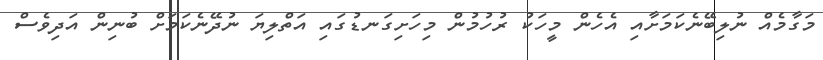
މަގާމެއް ނުލިބޭނެކަމަށާއި އެހެން މީހަކު ރުހުމުން މިހަށިގަނޑުގައި އަތްލިޔަ ނުދޭނެކަމަށް ބުނިން އަދިވެސް